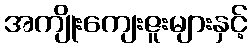
အကျိုးကျေးဇူးများနှင့်